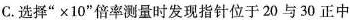
C.选择”×10”倍率测量时发现指针位于20与30正中